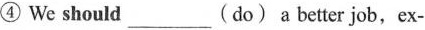
④ We should___(do)a better job,ex-